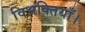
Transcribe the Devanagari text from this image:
विभक्तियाँ।